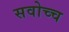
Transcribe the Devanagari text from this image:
सवोच्च